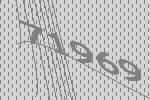
71969